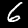
Label: 6